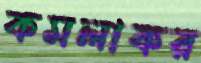
কমলাকর